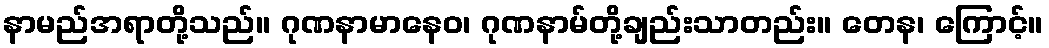
နာမည်အရာတို့သည်။ ဂုဏနာမာနေဝ၊ ဂုဏနာမ်တို့ချည်းသာတည်း။ တေန၊ ကြောင့်။